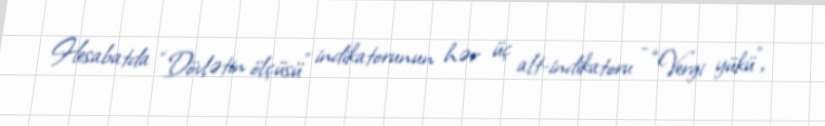
Hesabatda “Dövlətin ölçüsü” indikatorunun hər üç alt-indikatoru - “Vergi yükü”,